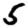
Digit: 5